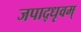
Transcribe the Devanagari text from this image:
जपाद्‌धृवम्